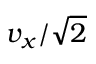
v _ { x } / \sqrt { 2 }